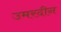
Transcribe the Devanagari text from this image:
उमरदीन